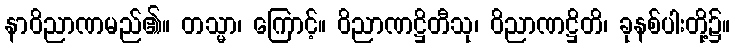
နာဝိညာဏမည်၏။ တသ္မာ၊ ကြောင့်။ ဝိညာဏဋ္ဌိတီသု၊ ဝိညာဏဋ္ဌိတိ၊ ခုနစ်ပါးတို့၌။